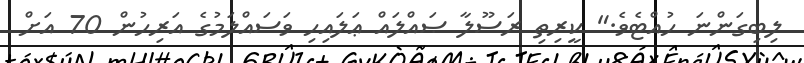
ލިބިގަންނަ ހުއްޓެވެ." ކީރިތި ރަސޫލާ ޞައްލައް ޢަލައިހި ވަސައްލަމުގެ އަރިހުން 70 އަށް